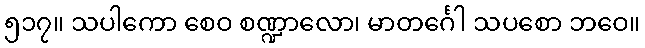
၅၁၇။ သပါကော စေဝ စဏ္ဍာလော၊ မာတင်္ဂေါ သပစော ဘဝေ။